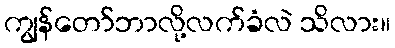
ကျွန်တော်ဘာလို့လက်ခံလဲ သိလား။